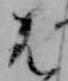
は